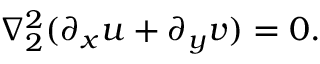
\nabla _ { 2 } ^ { 2 } ( \partial _ { x } u + \partial _ { y } v ) = 0 .